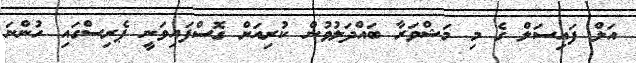
އަލް ފައިސަލް ގެ މި މަޝްވަރާ ބައްދަލުވުން ކުރިއަށް ގޮސްފައިވަނީ ޕެރިސްގައި ހުންނަ